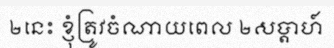
២នេះ ខ្ញុំត្រូវចំណាយពេល ២សប្តាហ៍